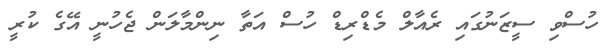
ހުސްވި ސީޒަނުގައި ރެއާލް މެޑްރިޑް ހުސް އަތާ ނިންމާލަން ޖެހުނީ އޭގެ ކުރީ